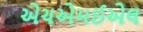
એચએમઈએલ